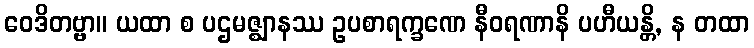
ဝေဒိတဗ္ဗာ။ ယထာ စ ပဌမဇ္ဈာနဿ ဥပစာရက္ခဏေ နီဝရဏာနိ ပဟီယန္တိ, န တထာ